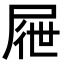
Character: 屜